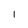
Character: I